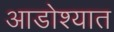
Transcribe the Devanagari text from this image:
आडोश्यात